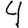
Digit: 4